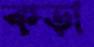
কড়া